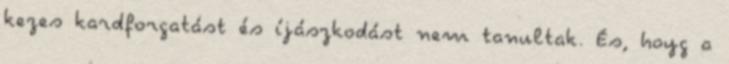
kezes kardforgatást és íjászkodást nem tanultak. És, hoyg a